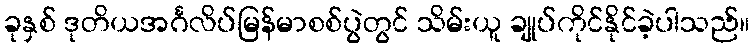
ခုနှစ် ဒုတိယအင်္ဂလိပ်မြန်မာစစ်ပွဲတွင် သိမ်းယူ ချုပ်ကိုင်နိုင်ခဲ့ပါသည်။